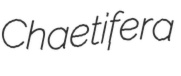
Chaetifera